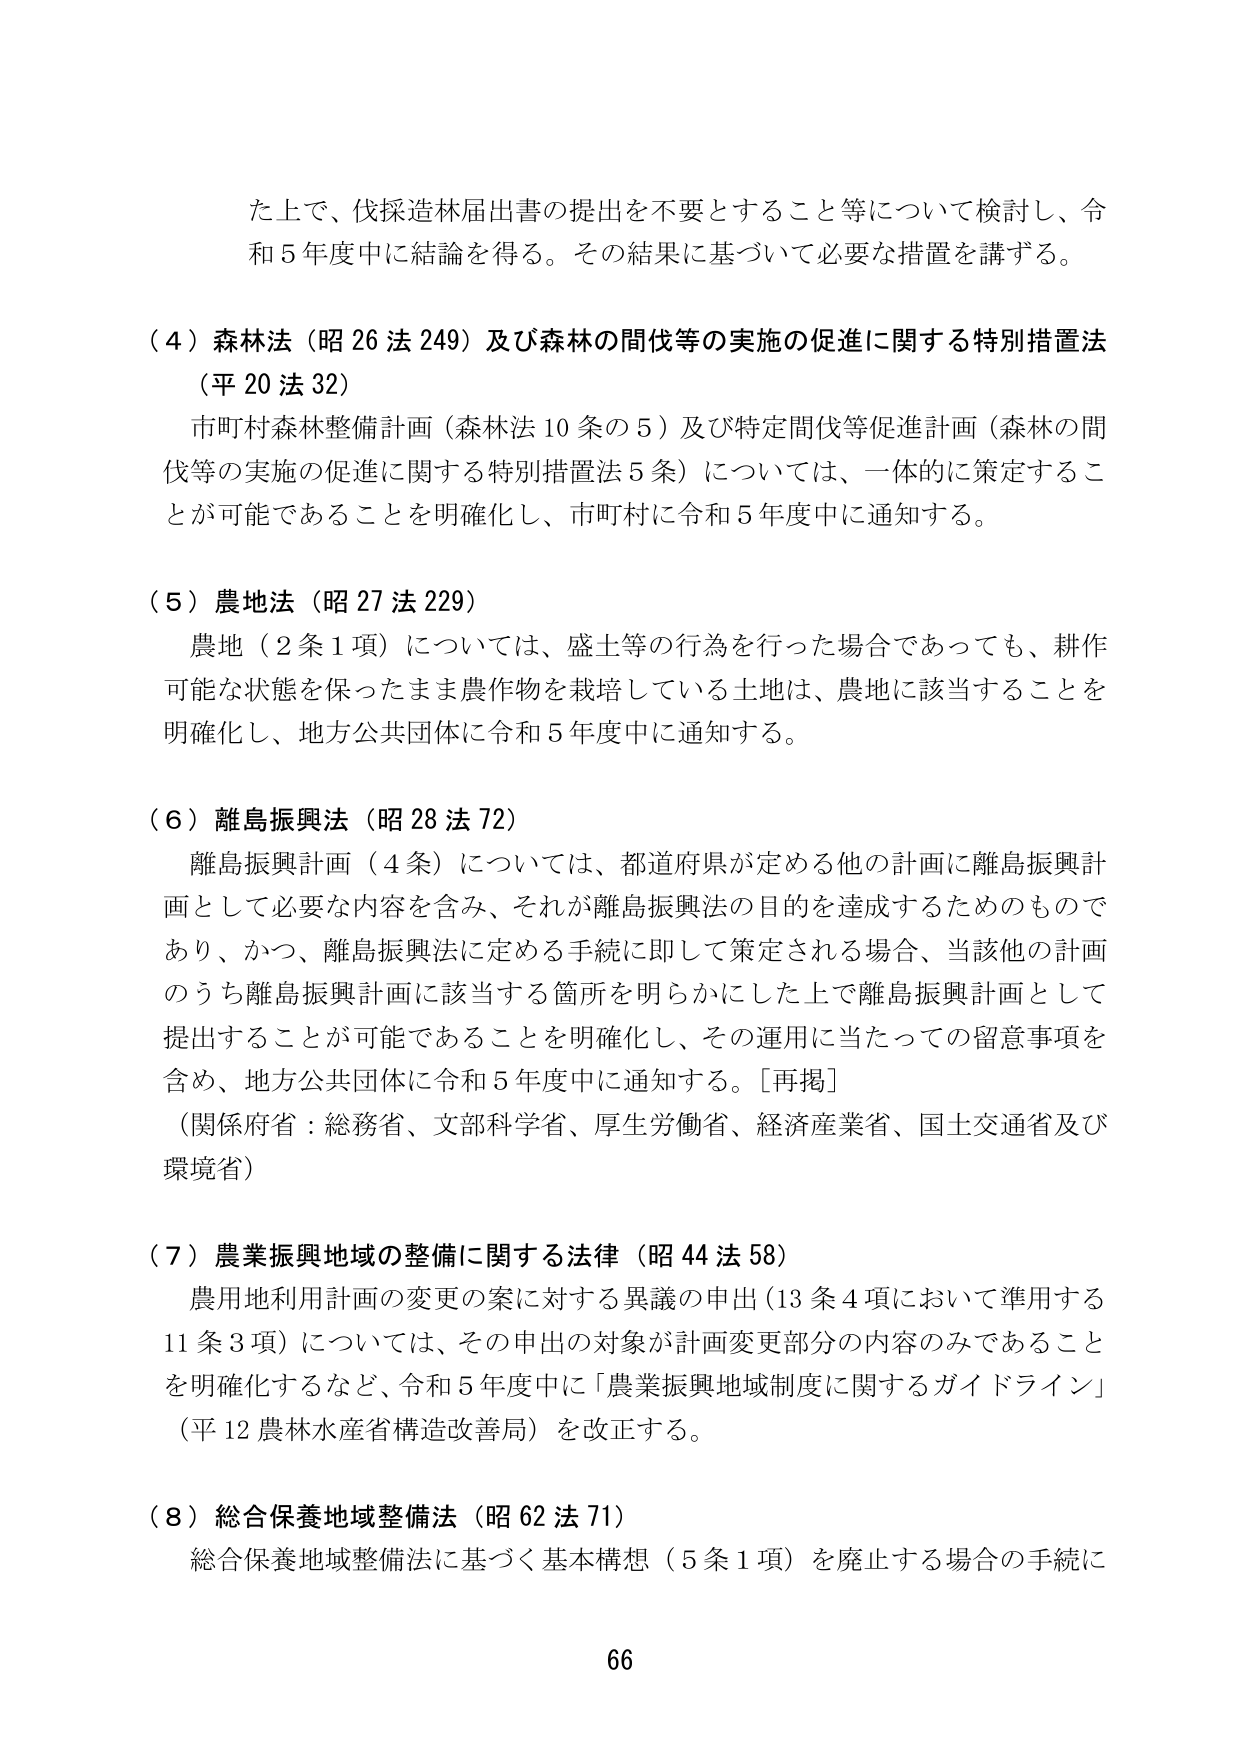
た上で、伐採造林届出書の提出を不要とすること等について検討し、令和５年度中に結論を得る。その結果に基づいて必要な措置を講ずる。

（４）森林法（昭26法249）及び森林の間伐等の実施の促進に関する特別措置法（平20法32）

市町村森林整備計画（森林法10条の5）及び特定間伐等促進計画（森林の間伐等の実施の促進に関する特別措置法5条）については、一体的に策定することが可能であることを明確化し、市町村に令和５年度中に通知する。

（５）農地法（昭27法229）

農地（2条1項）については、盛土等の行為を行った場合であっても、耕作可能な状態を保ったまま農作物を栽培している土地は、農地に該当することを明確化し、地方公共団体に令和５年度中に通知する。

（６）離島振興法（昭28法72）

離島振興計画（4条）については、都道府県が定める他の計画に離島振興計画として必要な内容を含み、それが離島振興法の目的を達成するためのものであり、かつ、離島振興法に定める手続に即して策定される場合、当該他の計画のうち離島振興計画に該当する箇所を明らかにした上で離島振興計画として提出することが可能であることを明確化し、その運用に当たっての留意事項を含め、地方公共団体に令和５年度中に通知する。［再掲］

（関係府省：総務省、文部科学省、厚生労働省、経済産業省、国土交通省及び環境省）

（７）農業振興地域の整備に関する法律（昭44法58）

農用地利用計画の変更の案に対する異議の申出（13条4項において準用する11条3項）については、その申出の対象が計画変更部分の内容のみであることなどを明確化するなど、令和５年度中に「農業振興地域制度に関するガイドライン」（平12農林水産省構造改善局）を改正する。

（８）総合保養地域整備法（昭62法71）

総合保養地域整備法に基づく基本構想（5条1項）を廃止する場合の手続に

66